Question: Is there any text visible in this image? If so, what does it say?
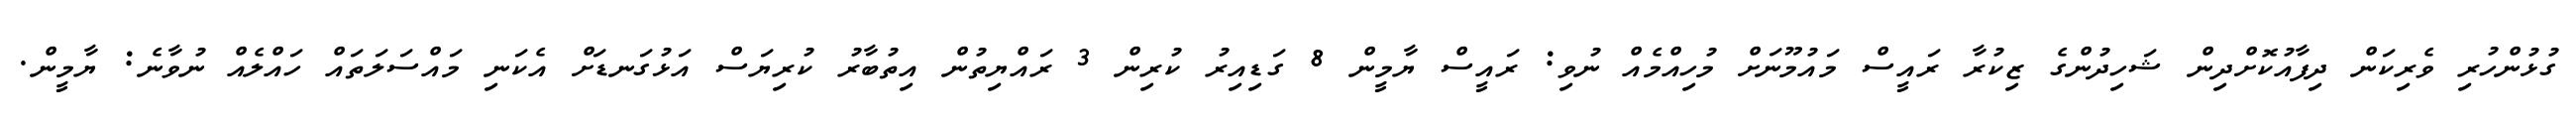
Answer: ގުޅުންހުރި ވެރިކަން ދިފާއުކޮށްދިން ޝަހިދުންގެ ޒިކުރާ ރައީސް މައުމޫނަށް މުހިއްމެއް ނުވި: ރައީސް ޔާމީން 8 ގަޑިއިރު ކުރިން 3 ރައްޔިތުން އިތުބާރު ކުރިޔަސް އަޅުގަނޑަށް އެކަނި މައްސަލަތައް ހައްލެއް ނުވާނެ: ޔާމީން.